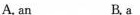
A. an B.a